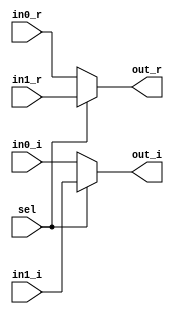
module Complex_MUX2x1 #(
    parameter DATA_WIDTH = 16
) (
    input       wire                          sel,
    input       wire      [DATA_WIDTH-1:0]    in0_r, in0_i,
    input       wire      [DATA_WIDTH-1:0]    in1_r, in1_i,
    output      wire      [DATA_WIDTH-1:0]    out_r, out_i
);

assign out_r = sel?in1_r:in0_r;
assign out_i = sel?in1_i:in0_i;
    
endmodule